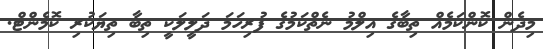
މިދެން ކޮންކަމެއް ތިބާގެ އިލްމު ނެތްކަމުގެ ފުރިހަމަ ދަލީލަކީ ތިބާ ތިޔަކުރި ކޮމެންޓް.